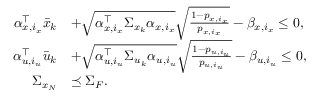
\begin{array} { r l } { \alpha _ { x , i _ { x } } ^ { \top } \bar { x } _ { k } } & { + \sqrt { \alpha _ { x , i _ { x } } ^ { \top } \Sigma _ { x _ { k } } \alpha _ { x , i _ { x } } } \sqrt { \frac { 1 - p _ { x , i _ { x } } } { p _ { x , i _ { x } } } } - \beta _ { x , i _ { x } } \leq 0 , } \\ { \alpha _ { u , i _ { u } } ^ { \top } \bar { u } _ { k } } & { + \sqrt { \alpha _ { u , i _ { u } } ^ { \top } \Sigma _ { u _ { k } } \alpha _ { u , i _ { u } } } \sqrt { \frac { 1 - p _ { u , i _ { u } } } { p _ { u , i _ { u } } } } - \beta _ { u , i _ { u } } \leq 0 , } \\ { \Sigma _ { x _ { N } } } & { \preceq \Sigma _ { F } . } \end{array}